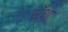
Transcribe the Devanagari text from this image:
सँधा